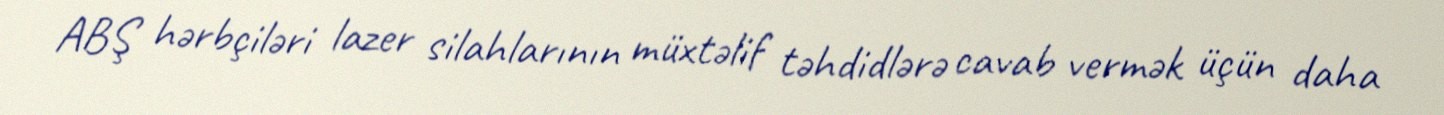
ABŞ hərbçiləri lazer silahlarının müxtəlif təhdidlərə cavab vermək üçün daha